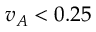
v _ { A } < 0 . 2 5